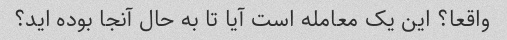
واقعا؟ این یک معامله است آیا تا به حال آنجا بوده اید؟